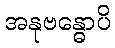
အနုဗန္ဓောပိ